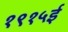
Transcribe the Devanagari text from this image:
१९१५ई